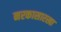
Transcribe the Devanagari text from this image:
नरकासारखा